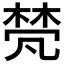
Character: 𬃕